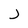
Character: J